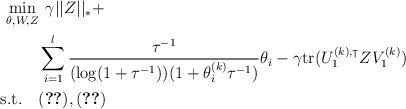
LaTeX: \begin{align*} \begin{aligned}\mathop {\min }\limits_{\theta, W, Z} &{\kern 1pt} {\kern 1pt} {\kern 1pt} {\kern 1pt} {\kern 1pt} \gamma||Z||_{*}+ \\& \sum\limits_{i=1}^l \frac{\tau^{-1}}{(\log(1+\tau^{{-1}}))(1+\theta^{(k)}_i\tau^{{-1}})}\theta_i-\gamma {\rm tr}(U_1^{(k),\intercal}ZV_1^{(k)})\\{\rm s.t.} \ \ \ & (\ref{const-add}), (\ref{const6})\end{aligned}\end{align*}